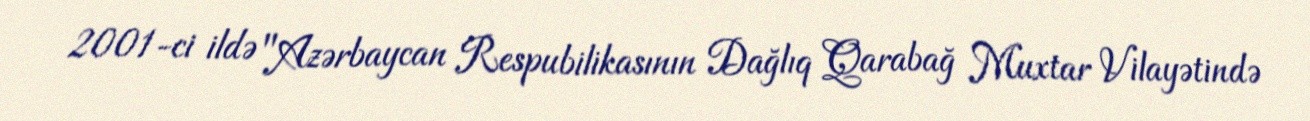
2001-ci ildə "Azərbaycan Respubilikasının Dağlıq Qarabağ Muxtar Vilayətində